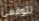
تتوقعي